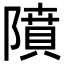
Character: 隫